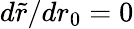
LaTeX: d\tilde{r}/dr_{0}=0